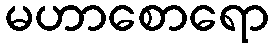
မဟာစောရော